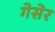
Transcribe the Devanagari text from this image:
गेसेर